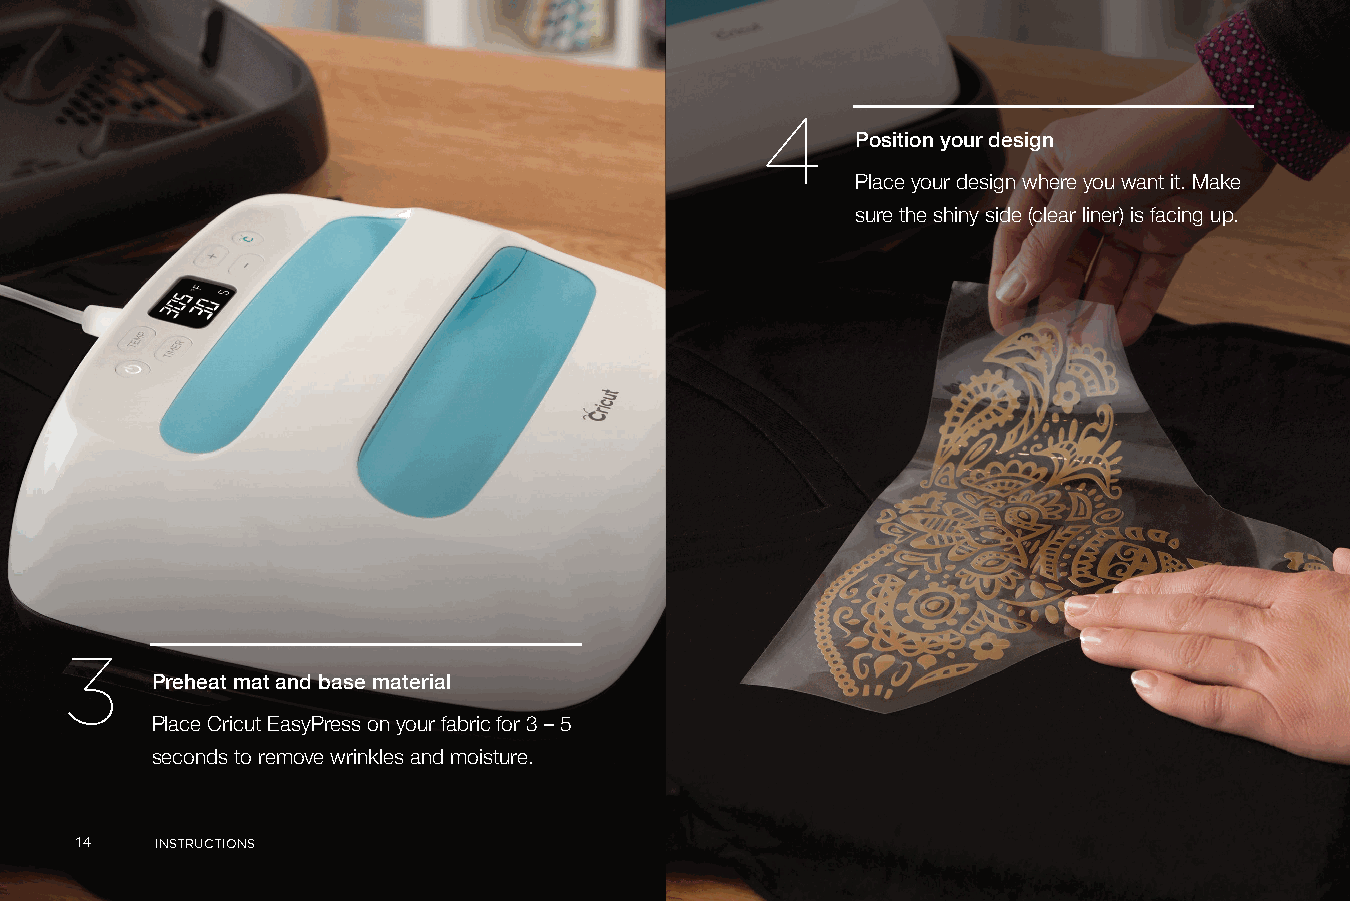
4
 Position your design
 Place your design where you want it. Make
 sure the shiny side (clear liner) is facing up.
 3
 Preheat mat and base material
 Place Cricut EasyPress on your fabric for 3 – 5
 seconds to remove wrinkles and moisture.
 1144 INSTRUCTIONS